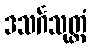
ဒသင်္ဂသုတ္တံ